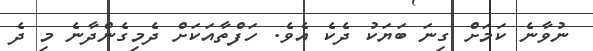
ނުވާނެ ކަމަށް ގިނަ ބަޔަކު ދެކެ އެވެ. ހަފްތާއަކަށް ދެމިގެންދާނެ މި ދެ